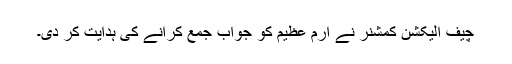
چیف الیکشن کمشنر نے ارم عظیم کو جواب جمع کرانے کی ہدایت کر دی۔